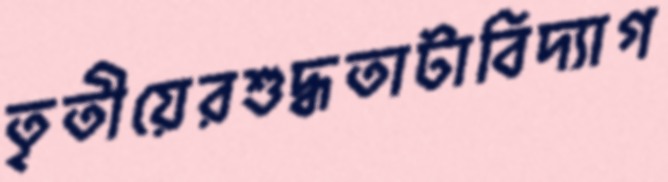
তৃতীয়েরশুদ্ধতাটাবিদ্যাগ